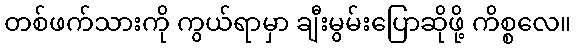
တစ်ဖက်သားကို ကွယ်ရာမှာ ချီးမွမ်းပြောဆိုဖို့ ကိစ္စလေ။